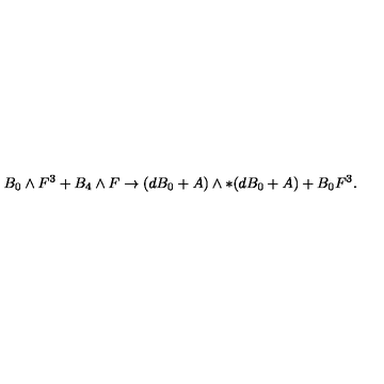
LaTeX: B _ { 0 } \wedge F ^ { 3 } + B _ { 4 } \wedge F \to ( d B _ { 0 } + A ) \wedge * ( d B _ { 0 } + A ) + B _ { 0 } F ^ { 3 } .